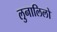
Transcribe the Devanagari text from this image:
लुनालिलो